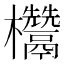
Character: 𭭁